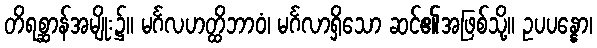
တိရစ္ဆာန်အမျိုး၌။ မင်္ဂလဟတ္ထိဘာဝံ၊ မင်္ဂလာရှိသော ဆင်၏အဖြစ်သို့။ ဥပပန္နော၊